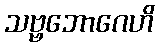
သဗ္ဗဘောဂေဟိ